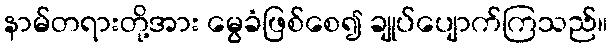
နာမ်တရားတို့အား မွေခံဖြစ်စေ၍ ချုပ်ပျောက်ကြသည်။